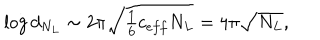
LaTeX: \log d _ { N _ { L } } \sim { 2 \pi \sqrt { \textstyle { \frac { 1 } { 6 } } c _ { e f f } N _ { L } } } = 4 \pi \sqrt { N _ { L } } ,